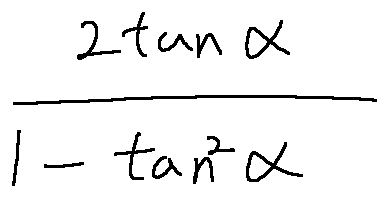
\frac { 2 \tan \alpha } { 1 - \tan ^ { 2 } \alpha }